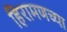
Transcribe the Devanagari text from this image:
हिरामणच्या